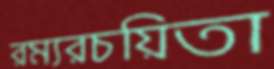
রম্যরচয়িতা